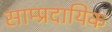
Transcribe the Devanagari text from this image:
साम्‍प्रदायिक